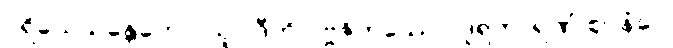
ပရိယေသန္တေဟေဝ ယူပါဒီဟိ ပဗ္ဗဇိတဿေဝ ဒူရကာရဏံ ဈာနံပေ